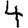
Digit: 4